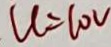
u = 1 0 V